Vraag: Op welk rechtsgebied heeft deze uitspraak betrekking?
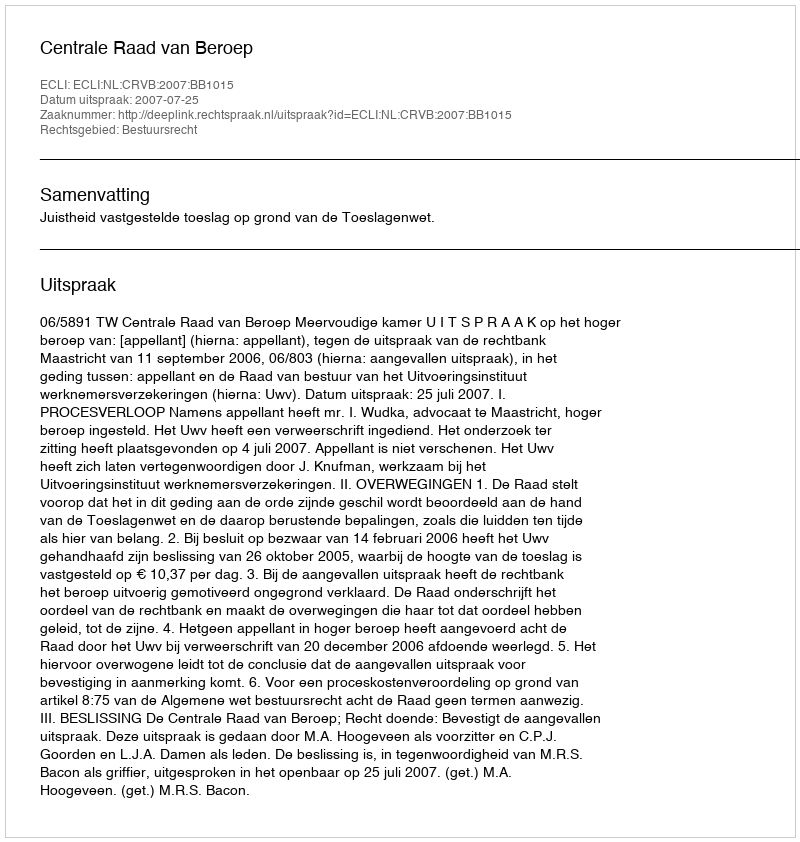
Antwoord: Bestuursrecht